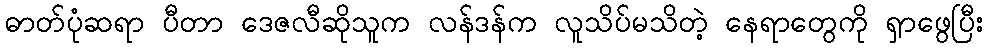
ဓာတ်ပုံဆရာ ပီတာ ဒေဇလီဆိုသူက လန်ဒန်က လူသိပ်မသိတဲ့ နေရာတွေကို ရှာဖွေပြီး